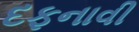
દફનાવી